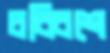
চব্বিশে